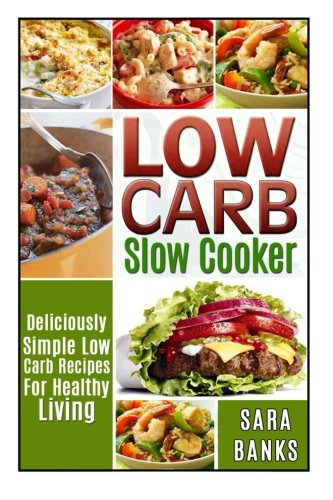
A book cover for Low Carb Slow Cooker: Deliciously Simple Low Carb Recipes For Healthy Living (low carb slow cooker recipes, low carb slow cooker cookbook) (Volume 1); Sara Banks; Cookbooks, Food & Wine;